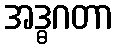
အဒ္ဓဂတာ